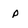
Character: p